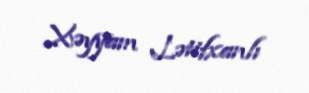
Xəyyam Lətifxanlı